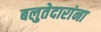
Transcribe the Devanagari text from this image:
बलुतेदारांना